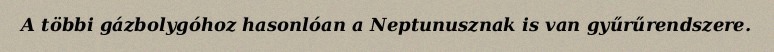
A többi gázbolygóhoz hasonlóan a Neptunusznak is van gyűrűrendszere.